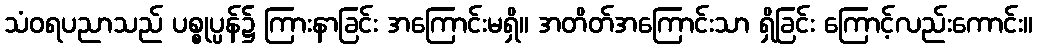
သံဝရပညာသည် ပစ္စုပ္ပန်၌ ကြားနာခြင်း အကြောင်းမရှိ။ အတိတ်အကြောင်းသာ ရှိခြင်း ကြောင့်လည်းကောင်း။